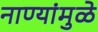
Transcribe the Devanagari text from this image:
नाण्यांमुळे